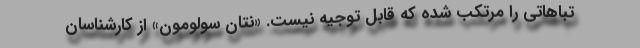
تباهاتی را مرتکب شده که قابل توجیه نیست. «نتان سولومون» از کارشناسان